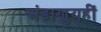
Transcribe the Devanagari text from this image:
अंडाणुयहीं